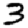
Digit: 3